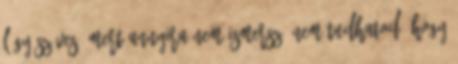
légy szíves, mert annyira nem ismersz, nem tudhatod, hogy